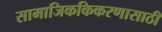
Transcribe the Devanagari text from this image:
सामाजिककिकरणासाठी